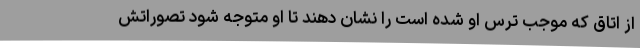
از اتاق که موجب ترس او شده است را نشان دهند تا او متوجه شود تصوراتش